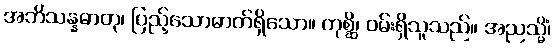
အဘိသန္နဓာတု၊ ပြည့်သောဓာတ်ရှိသော။ ကုစ္ဆိ၊ ဝမ်းရှိသူသည်။ အညသ္မိံ၊